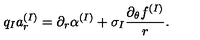
q _ { I } a _ { r } ^ { ( I ) } = \partial _ { r } \alpha ^ { ( I ) } + \sigma _ { I } \frac { \partial _ { \theta } f ^ { ( I ) } } { r } .